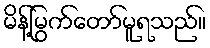
မိန့်မြွက်တော်မူရသည်။